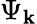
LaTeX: \Psi_{\mathbf{k}}